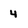
Character: 4